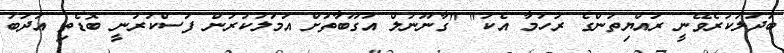
ބަދަލުކުރެވޭނީ ރައްޔިތުންގެ ރުހުމާ އެކު" "ގާނޫނުލް އުގޫބާތަށް އަމަލުކުރުން ފަސްކުރަނީ ބޮޑެތި އަދަބު